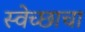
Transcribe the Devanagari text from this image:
स्वेच्छाचा